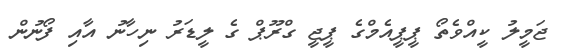
ޖަމީލު ކީއްވެތޯ ޕީޕީއެމްގެ ޕީޖީ ގްރޫޕް ގެ ލީޑަރު ނިހާނު އާއި ފޯނުން